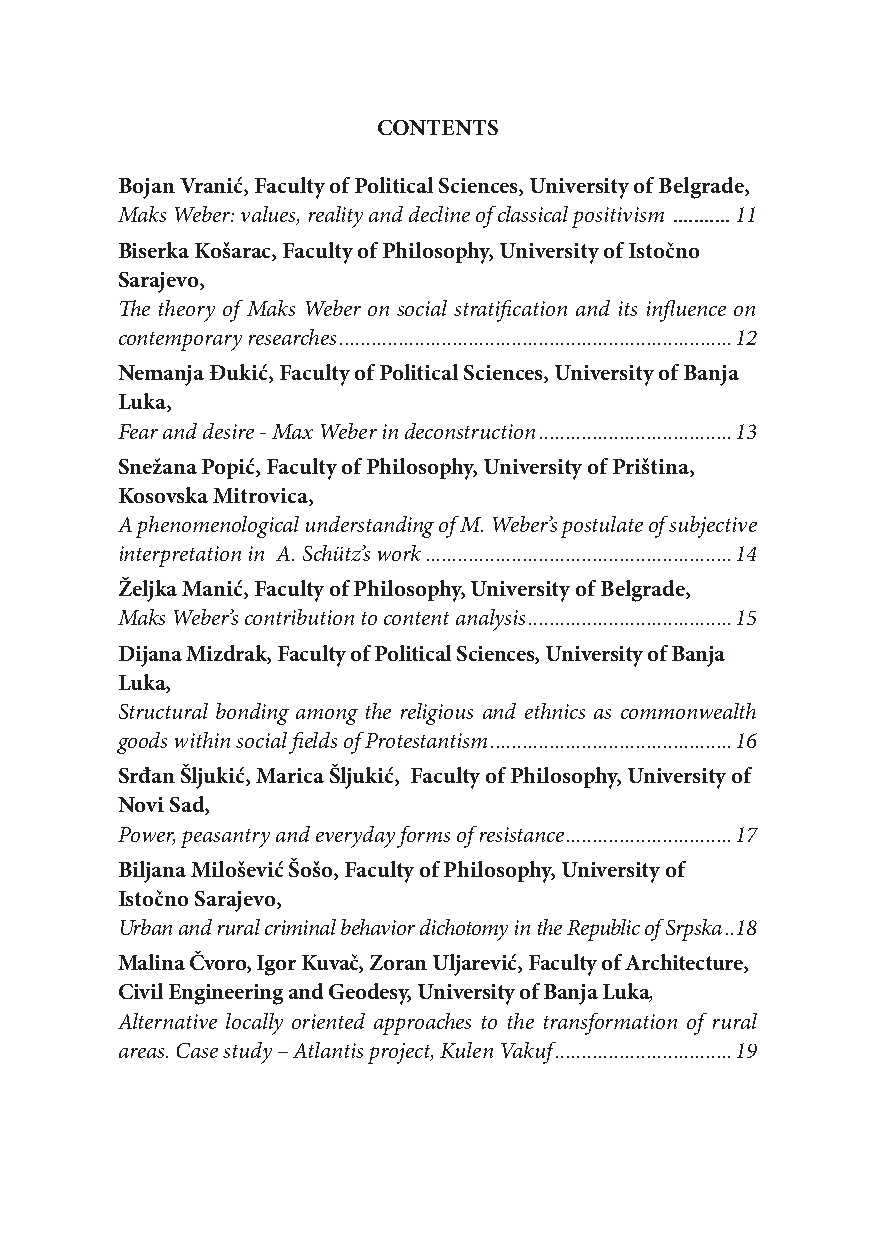
CONTENTS
 Bojan Vranić, Faculty of Political Sciences, University of Belgrade,
 Maks Weber: values, reality and decline of classical positivism ...........11
 Biserka Košarac, Faculty of Philosophy, University of Istočno
 Sarajevo,
 The theory of Maks Weber on social stratification and its influence on
 contemporary researches .........................................................................12
 Nemanja Đukić, Faculty of Political Sciences, University of Banja
 Luka,
 Fear and desire - Max Weber in deconstruction ....................................13
 Snežana Popić, Faculty of Philosophy, University of Priština,
 Kosovska Mitrovica,
 A phenomenological understanding of M. Weber’s postulate of subjective
 interpretation in A. Schütz’s work .........................................................14
 Željka Manić, Faculty of Philosophy, University of Belgrade,
 Maks Weber’s contribution to content analysis ......................................15
 Dijana Mizdrak, Faculty of Political Sciences, University of Banja
 Luka,
 Structural bonding among the religious and ethnics as commonwealth
 goods within social fields of Protestantism .............................................16
 Srđan Šljukić, Marica Šljukić, Faculty of Philosophy, University of
 Novi Sad,
 Power, peasantry and everyday forms of resistance ...............................17
 Biljana Milošević Šošo, Faculty of Philosophy, University of
 Istočno Sarajevo,
 Urban and rural criminal behavior dichotomy in the Republic of Srpska ..18
 Malina Čvoro, Igor Kuvač, Zoran Uljarević, Faculty of Architecture,
 Civil Engineering and Geodesy, University of Banja Luka,
 Alternative locally oriented approaches to the transformation of rural
 areas. Case study – Atlantis project, Kulen Vakuf .................................19